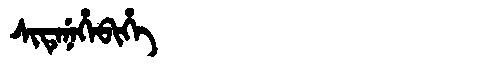
Manchu: ᠰᡳᡨᡝᠨᡝᡥᡝᠪᡳᡥᡝ
Romanization: SITENEHEBIHE